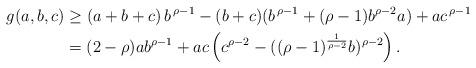
LaTeX: \begin{align*} g(a,b,c)&\ge (a+b+c)\,b^{\,\rho-1}-(b+c)(b^{\,\rho-1}+(\rho-1)b^{\rho-2}a)+ac^{\,\rho-1}\\&=(2-\rho) a b^{\rho-1}+ac\left(c^{\rho-2}-((\rho -1)^{\frac{1}{\rho-2}}b)^{\rho-2}\right).\end{align*}